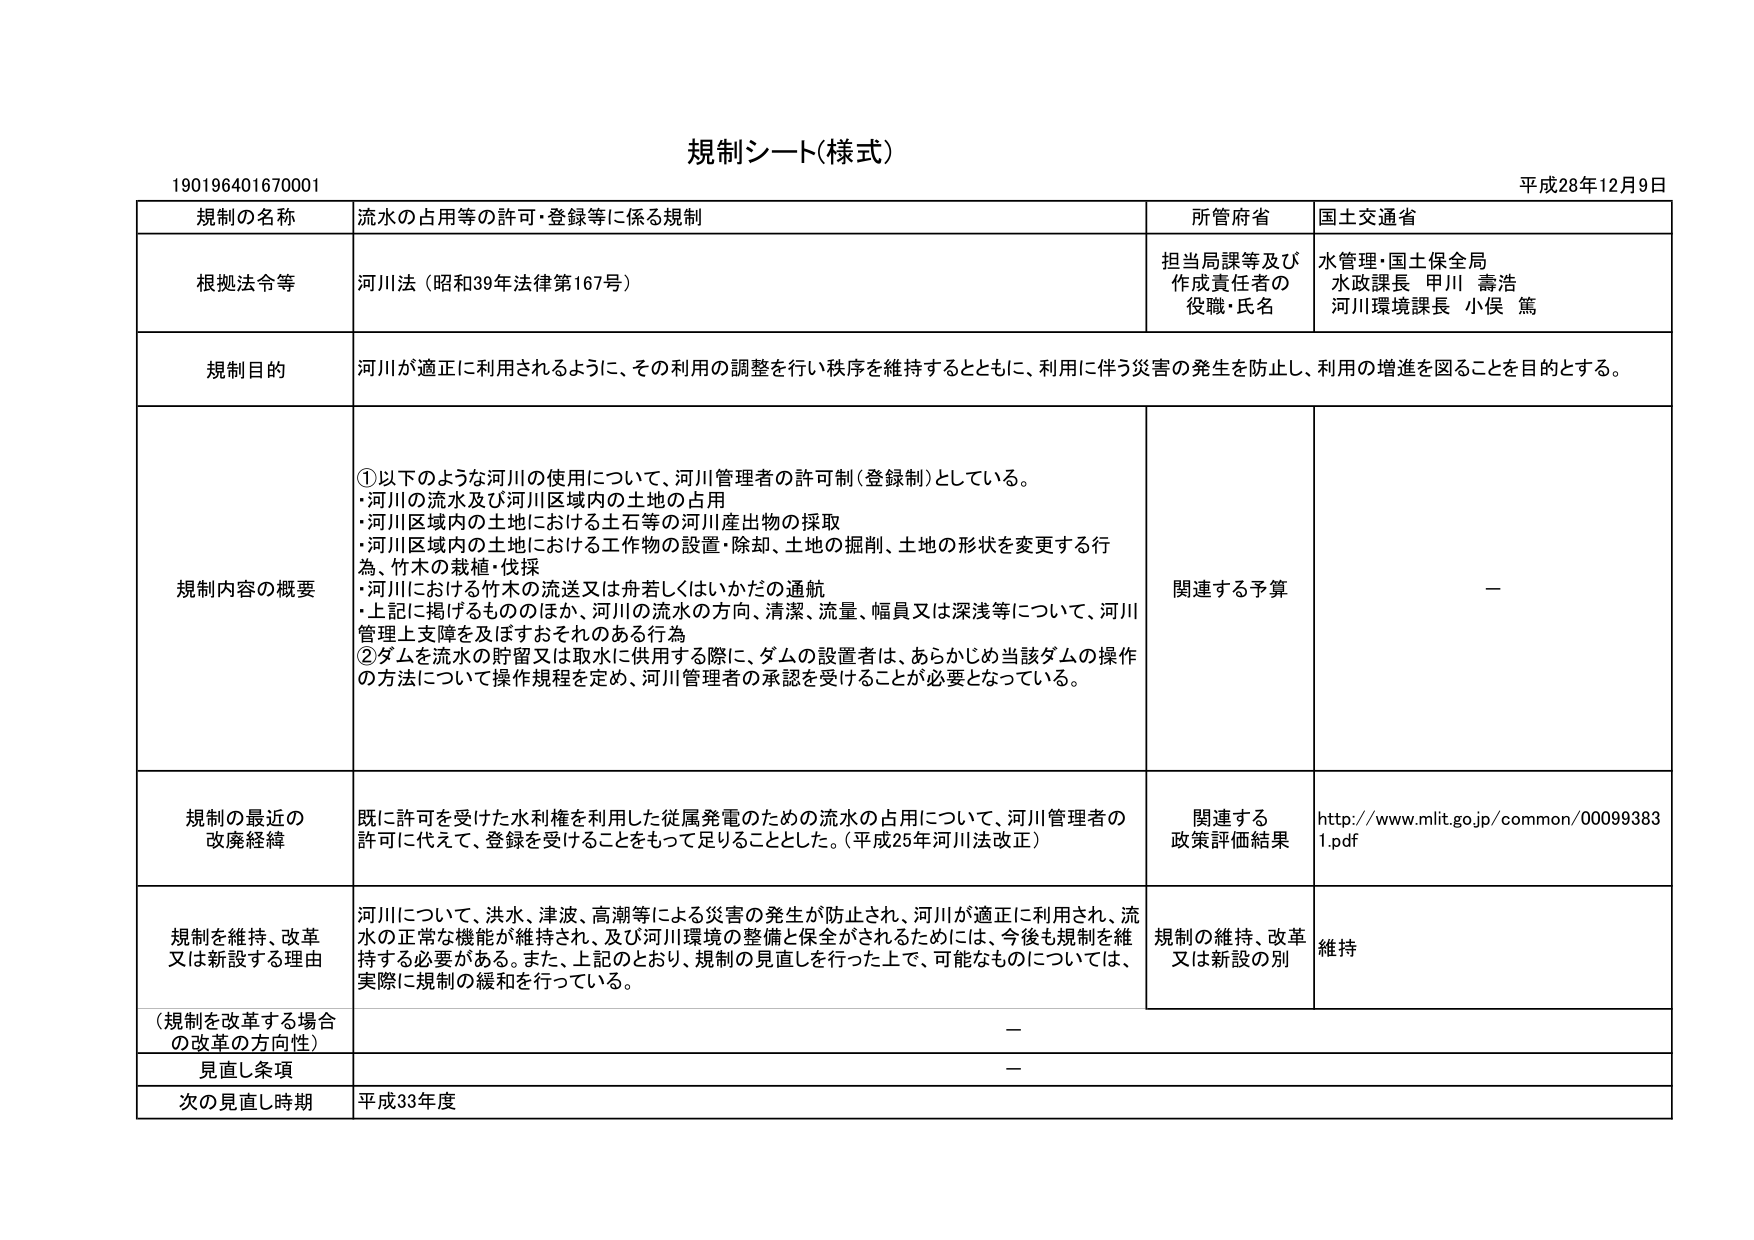
規制シート(様式)

190196401670001

平成28年12月9日

規制の名称　流水の占用等の許可・登録等に係る規制

所管府省　国土交通省

根拠法令等　河川法（昭和39年法律第167号）

担当局課等及び作成責任者の役職・氏名　水管理・国土保全局
水政課長 甲川 壽浩
河川環境課長 小俣 篤

規制目的　河川が適正に利用されるように、その利用の調整を行い秩序を維持するとともに、利用に伴う災害の発生を防止し、利用の増進を図ることを目的とする。

規制内容の概要　①以下のような河川の使用について、河川管理者の許可制（登録制）としている。
・河川の流水及び河川区域内の土地の占用
・河川区域内の土地における土石等の河川産出物の採取
・河川区域内の土地における工作物の設置・除却、土地の掘削、土地の形状を変更する行為、竹木の栽植・伐採
・河川における竹木の流送又は舟若しくはいかだの通航
・上記に掲げるもののほか、河川の流水の方向、清潔、流量、幅員又は深浅等について、河川管理上支障を及ぼすおそれのある行為
②ダムを流水の貯留又は取水に供用する際に、ダムの設置者は、あらかじめ当該ダムの操作の方法について操作規程を定め、河川管理者の承認を受けることが必要となっている。

関連する予算　－

規制の最近の改廃経緯　既に許可を受けた水利権を利用した従属発電のための流水の占用について、河川管理者の許可に代えて、登録を受けることをもって足りることとした。（平成25年河川法改正）

関連する政策評価結果　http://www.mlit.go.jp/common/000993831.pdf

規制を維持、改革又は新設する理由　河川について、洪水、津波、高潮等による災害の発生が防止され、河川が適正に利用され、流水の正常な機能が維持され、及び河川環境の整備と保全がされるためには、今後も規制を維持する必要がある。また、上記のとおり、規制の見直しを行った上で、可能なものについては、実際に規制の緩和を行っている。

規制の維持、改革又は新設の別　維持

（規制を改革する場合の改革の方向性）　－

見直し条項　－

次の見直し時期　平成33年度